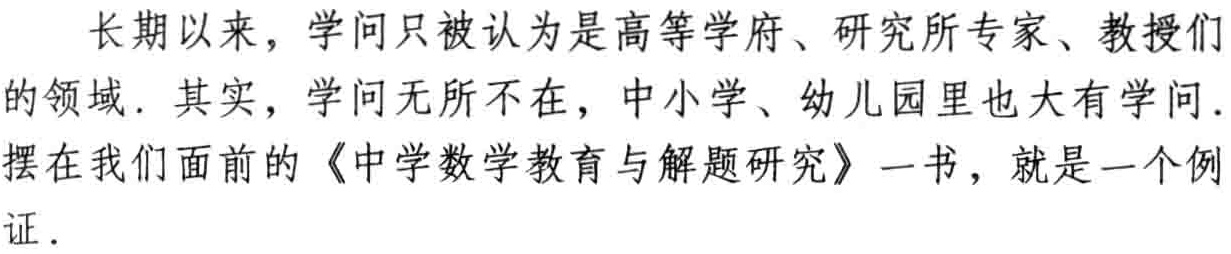
长期以来，学问只被认为是高等学府、研究所专家、教授们的领域. 其实，学问无所不在，中小学、幼儿园里也大有学问. 摆在我们面前的《中学数学教育与解题研究》一书，就是一个例证.